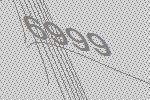
6999